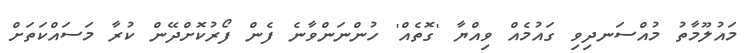
މައުލޫމާތު މުއްސަނދިވި ގައުމެއް ވިއްޔާ 'ގޮތެއް' ހުންނަންވާނެ ފެން ފޯރުކޮށްދޭން ކުރާ މަސައްކަތަށް